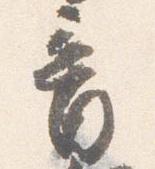
音